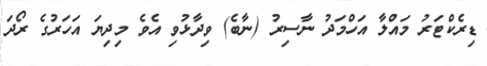
ޑިރެކްޓަރު މައްލާ އަހްމަދު ނާސިރު (ނާބެ) ވިދާޅުވި އެވެ މިދިޔަ އަހަރުގެ ރޯދަ